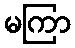
မကြာ